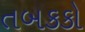
તબકકો